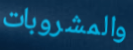
والمشروبات